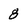
Character: 8